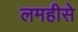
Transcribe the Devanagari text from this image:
लमहीसे